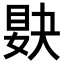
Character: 𥆸